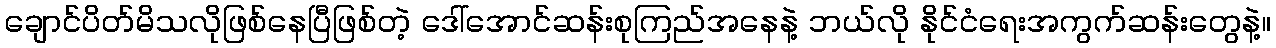
ချောင်ပိတ်မိသလိုဖြစ်နေပြီဖြစ်တဲ့ ဒေါ်အောင်ဆန်းစုကြည်အနေနဲ့ ဘယ်လို နိုင်ငံရေးအကွက်ဆန်းတွေနဲ့။